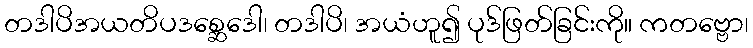
တဒါပိအယတိပဒစ္ဆေဒေါ၊ တဒါပိ၊ အယံဟူ၍ ပုဒ်ဖြတ်ခြင်းကို။ ကတဗ္ဗော၊